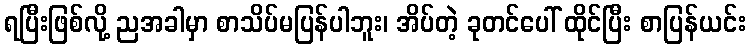
ရပြီးဖြစ်လို့ ညအခါမှာ စာသိပ်မပြန်ပါဘူး၊ အိပ်တဲ့ ခုတင်ပေါ် ထိုင်ပြီး စာပြန်ယင်း